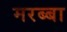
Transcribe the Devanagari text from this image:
मरब्बा